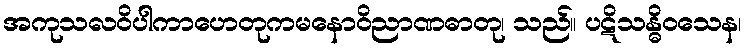
အကုသလဝိပါကာဟေတုကမနောဝိညာဏဓာတု၊ သည်။ ပဋိသန္ဓိဝသေန၊